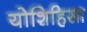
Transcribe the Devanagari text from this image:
योशिहिसा